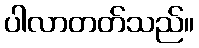
ပါလာတတ်သည်။